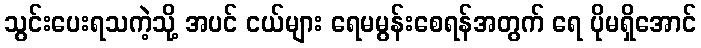
သွင်းပေးရသကဲ့သို့ အပင် ငယ်များ ရေမမွန်းစေရန်အတွက် ရေ ပိုမရှိအောင်